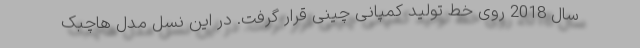
سال 2018 روی خط تولید کمپانی چینی قرار گرفت. در این نسل مدل هاچبک